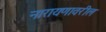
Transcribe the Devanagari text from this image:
नारायणावरील